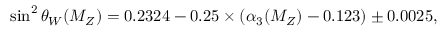
\sin ^ { 2 } \theta _ { W } ( M _ { Z } ) = 0 . 2 3 2 4 - 0 . 2 5 \times ( \alpha _ { 3 } ( M _ { Z } ) - 0 . 1 2 3 ) \pm 0 . 0 0 2 5 ,